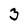
Character: 3